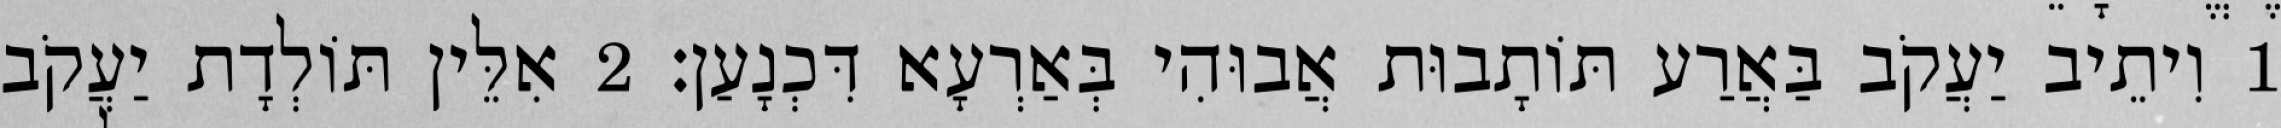
1 וִיתֵיב יַעֲקֹב בַּאֲרַע תּוֹתָבוּת אֲבוּהִי בְּאַרְעָא דִּכְנָעַן׃ 2 אִלֵּין תּוֹלְדָת יַעֲקֹב